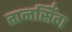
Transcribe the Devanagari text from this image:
तानसिँग